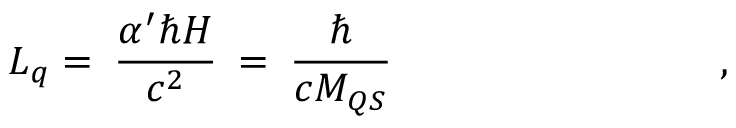
L _ { q } = \: \frac { \alpha ^ { \prime } \hbar H } { c ^ { 2 } } \: = \: \frac { \hbar } { c M _ { Q S } } \qquad \qquad \qquad \qquad ,